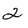
Character: 2